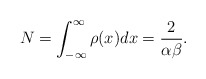
\begin{align*}N=\int_{-\infty}^\infty\rho(x)dx=\frac{2}{\alpha\beta}.\end{align*}